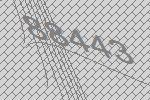
88443